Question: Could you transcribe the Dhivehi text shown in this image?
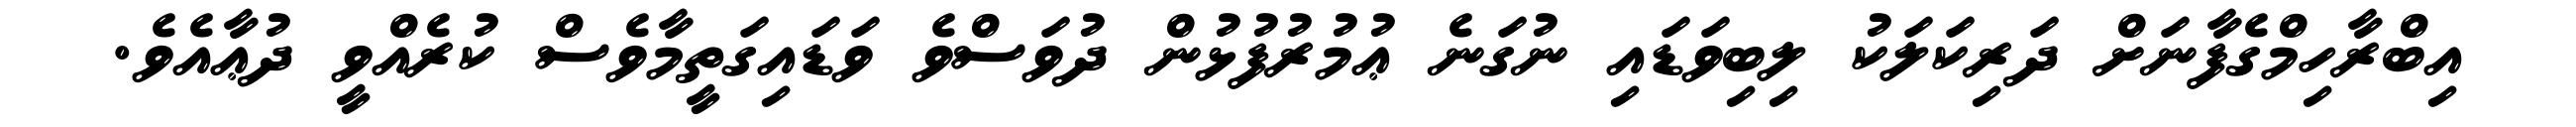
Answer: އިބްރާހިމްގެފާނަށް ދަރިކަލަކު ލިބިވަޑައި ނުގަނެ ޢުމުރުފުޅުން ދުވަސްވެ ވަޑައިގަތީމާވެސް ކުރެއްވީ ދުޢާއެވެ.